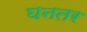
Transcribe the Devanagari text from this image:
घनतर